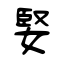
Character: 婜